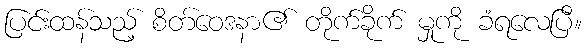
ပြင်းထန်သည့် စိတ်ဝေဒနာ၏ တိုက်ခိုက် မှုကို ခံရလေပြီ။